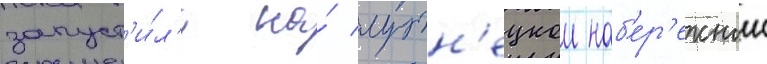
запуст'и́л'и на́ лужн'ецкои наб'ер'ежнои